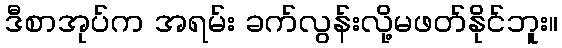
ဒီစာအုပ်က အရမ်း ခက်လွန်းလို့မဖတ်နိုင်ဘူး။